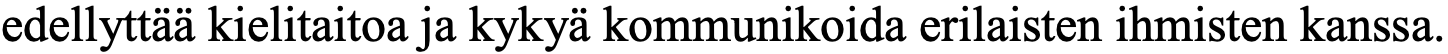
edellyttää kielitaitoa ja kykyä kommunikoida erilaisten ihmisten kanssa.